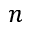
n